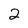
Character: 2